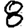
Digit: 8